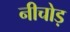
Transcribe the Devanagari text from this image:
नीचोड़